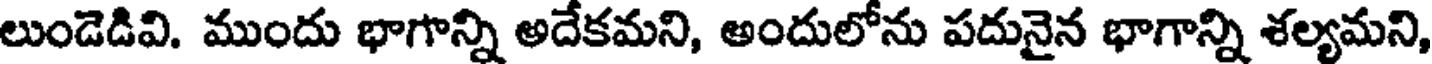
లుండెడివి. ముందు భాగాన్ని అదేకమని, అందులోను పదునైన భాగాన్ని శల్యమని,